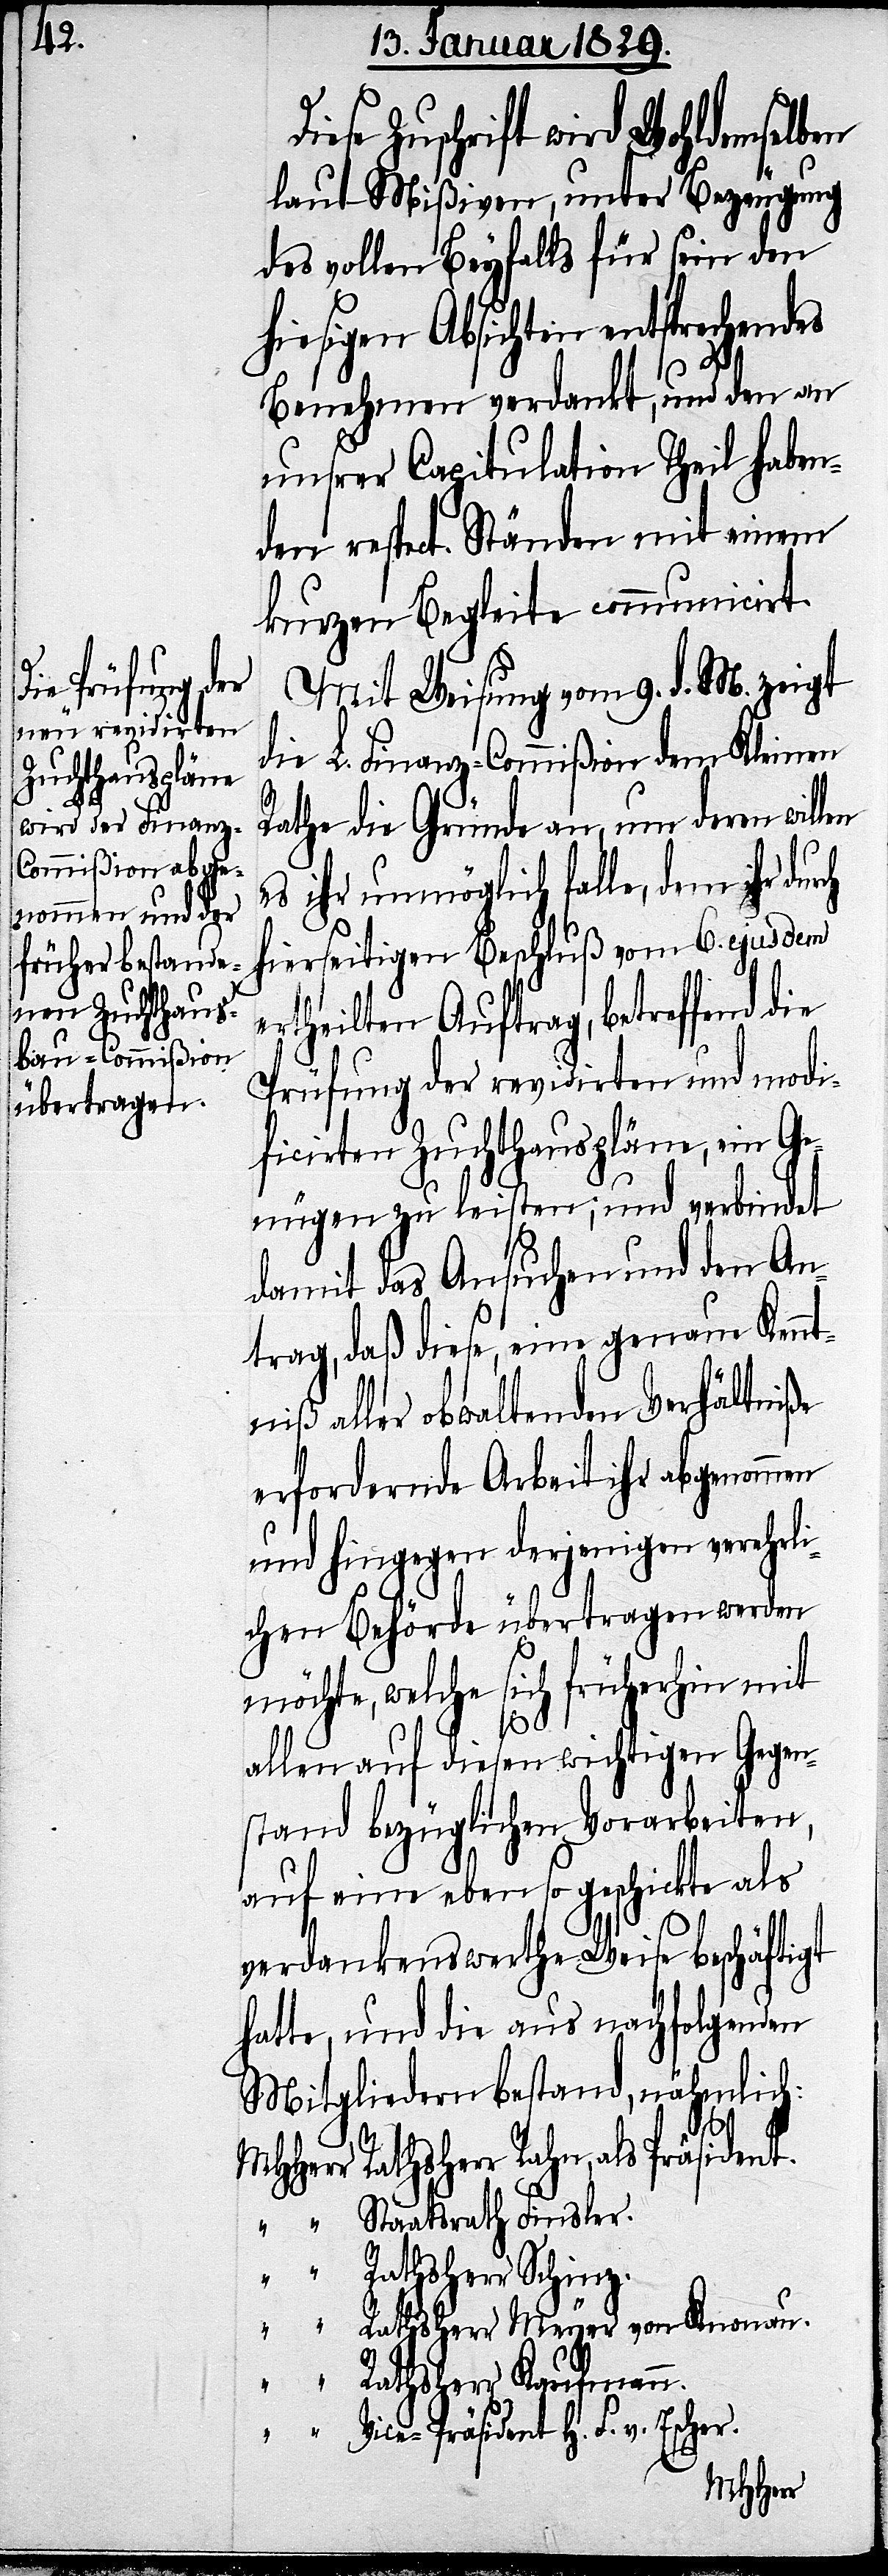
en

Zuschrift wird Wohldemselben
laut Mißiven, unter Bezeugung
des vollen Beyfalls für sein den
hiesigen Absichten entsprechendes
Benehmen verdankt, und den an
unsrer Capitulation Theil haben¬
den respect. Ständen mit einem
kurzem Berichte communicirt.
Mit Weisung vom 9. d. M. zeigt
die L. Finanz-Commißion dem Kleinen
Rathe die Gründe an, um deren will¬
es ihr unmöglich falle, dem ihr
hierseitigen Beschluß vom 6. ejusdem
ertheilten Auftrag, betreffend die
Prüfung der revidirten und modi¬
ficirten Zuchthauspläne, ein Ge¬
nügen zu leisten; und verbindet
damit das Ansuchen und den An¬
trag, daß diese, eine genaue Kennt¬
niß aller obwaltenden Verhältniße
erfordernde Arbeit ihr abgenommen
und hingegen derjenigen verehrli¬
chen Behörde übertragen werden
möchte, welche sich früherhin mit
allen auf diesen wichtigen Gegen¬
stand bezüglichen Vorarbeiten,
auf eine eben so geschickte als
verdankenswerthe Weise beschäftigt
hatte, und die aus nachfolgenden
Mitgliedern bestand, nähmlich:
r Rathsherr Rahn, als
“ Staatsrath Finsler.
“ Rathsherr Schinz.
“ Rathsherr Meyer von Knonau.
“ Rathsherr Kaufmann.
“ Vice-Präsident H. F. v. Escher.
MHHer¬